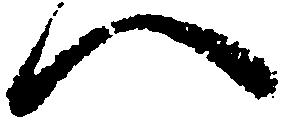
へ